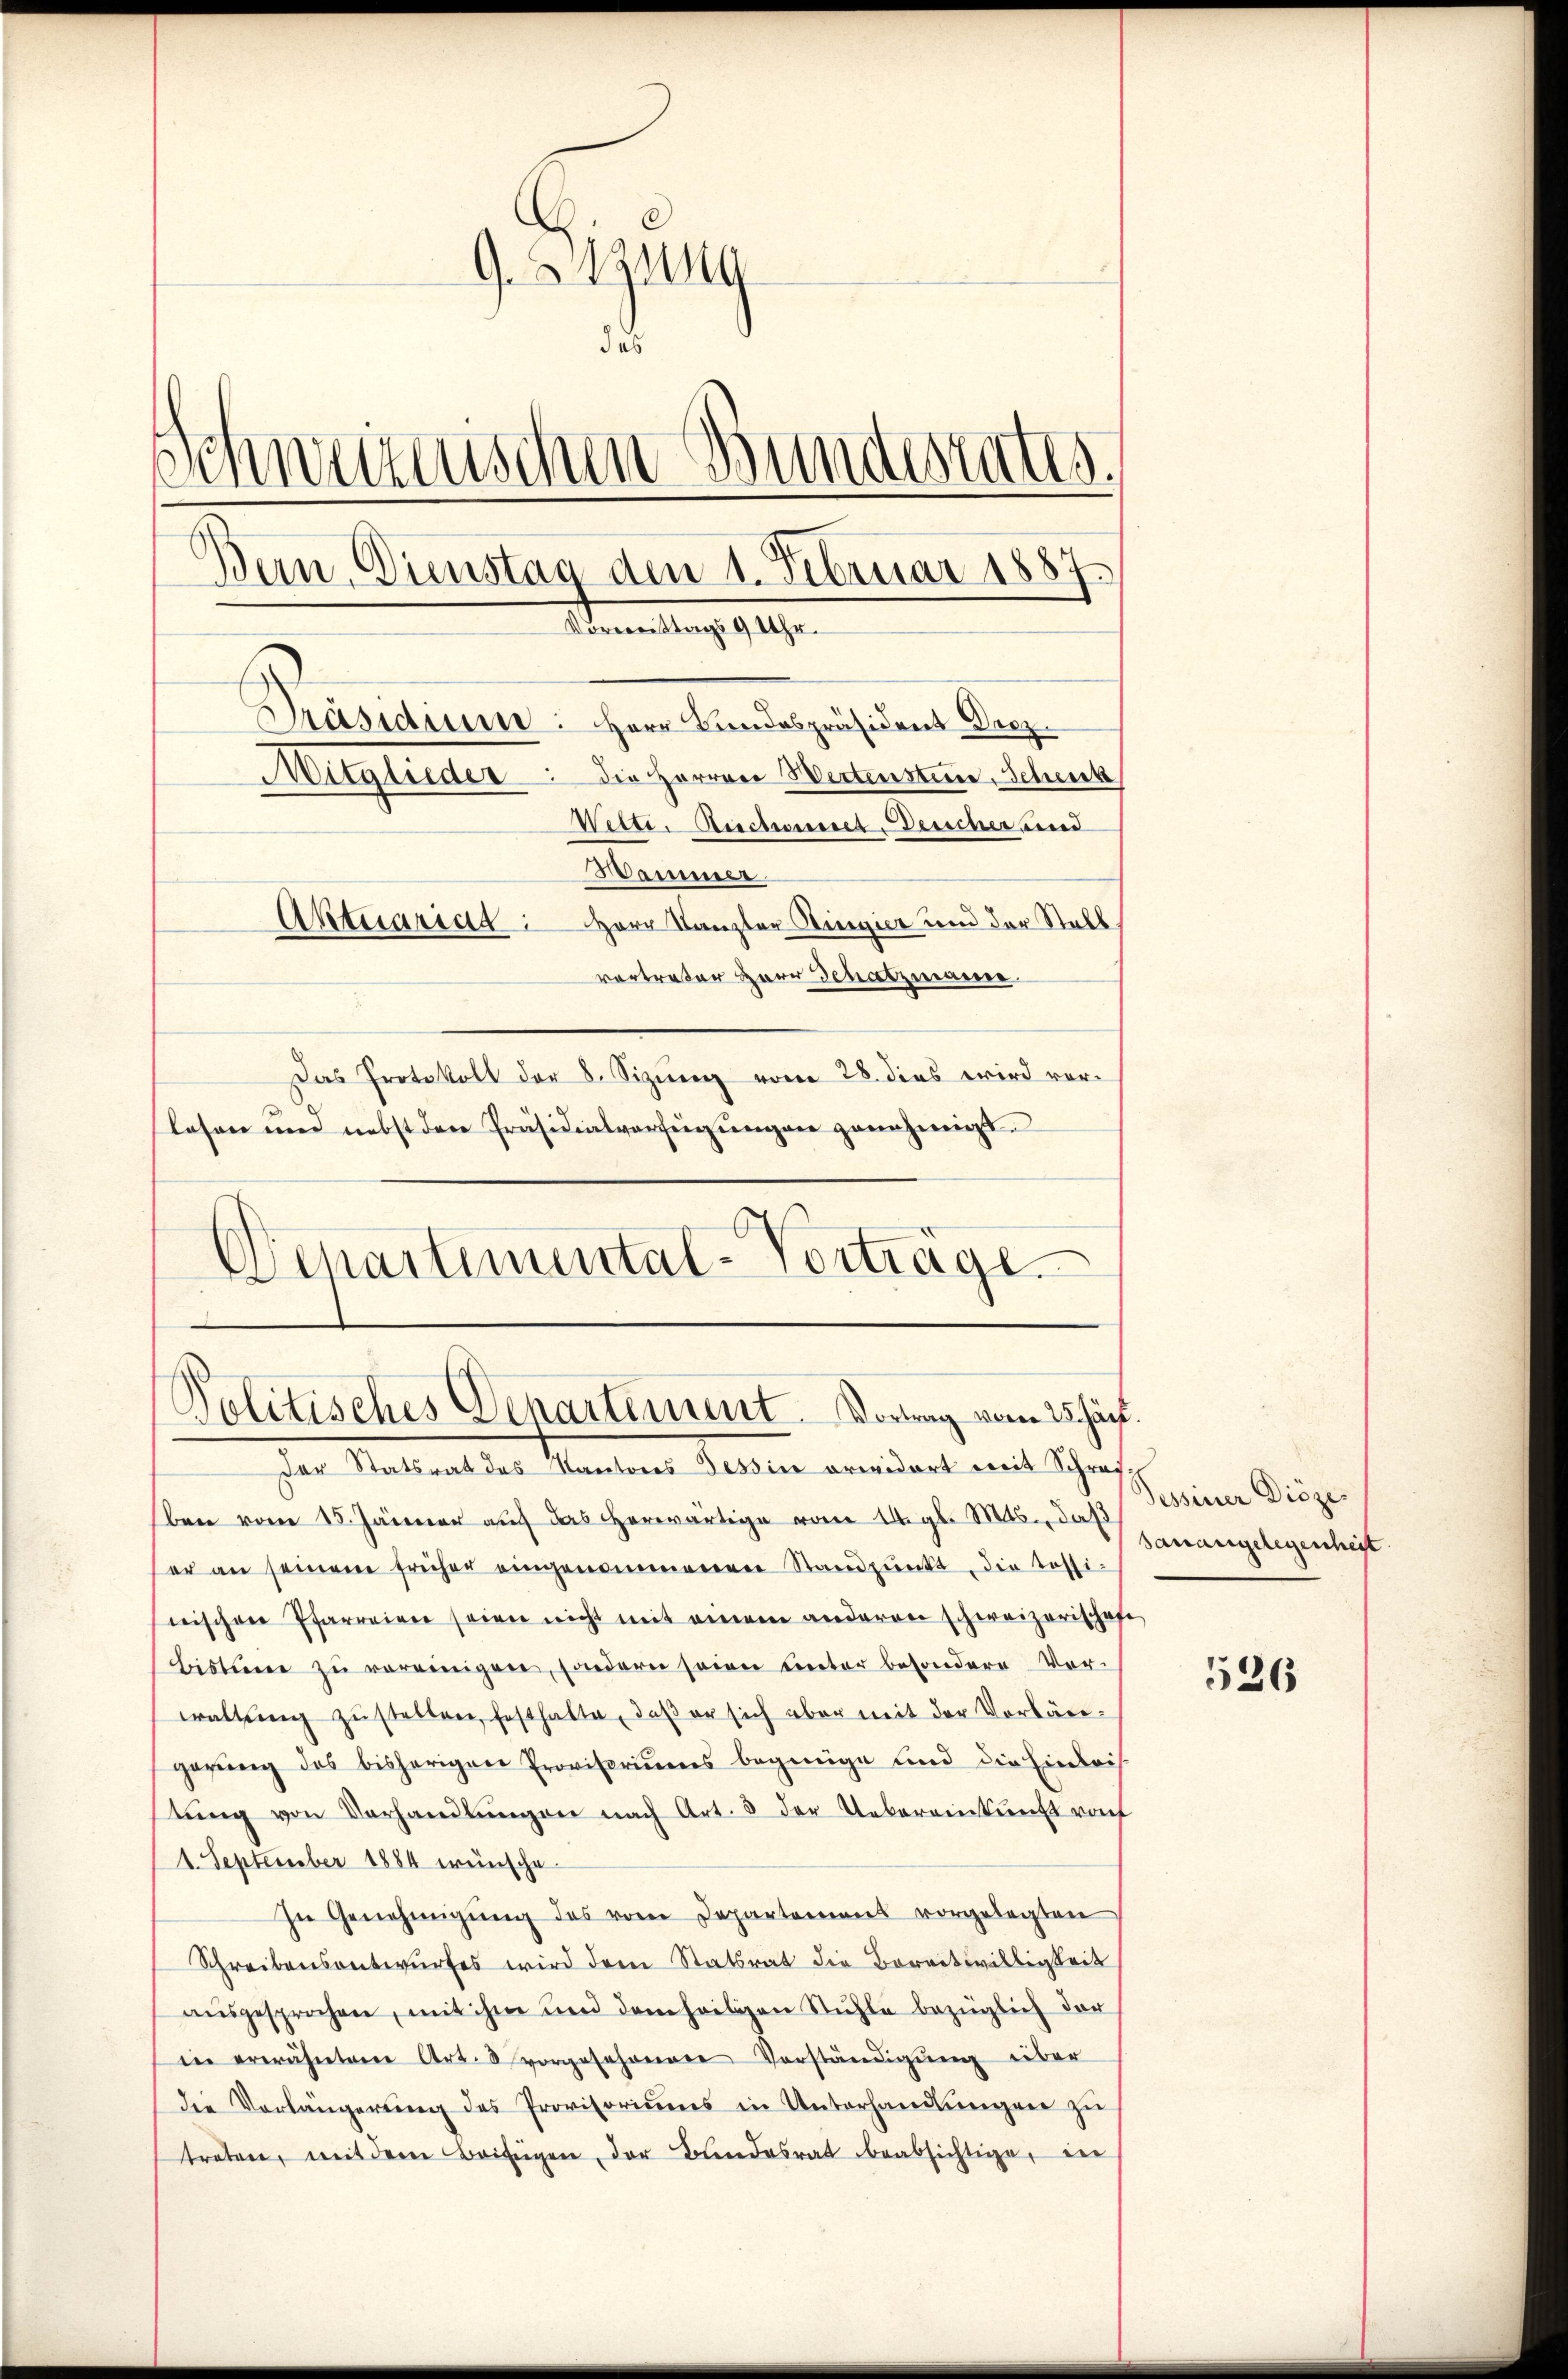
9. Zuna
das
Schweizenschen Bundesrates.
Bun. Dienstag den 1. Februar 1887
Atementag 1919.
Präsidium: Herr Landespräsident Dez.
Mitglieder: die Herren Wertensten, Schenk
Welti. Anschaumet, Deucher und
Wanmer
Aktuarida Herr Kanzler Ringier und der Stall
vertreter Herr Schatzmanne
Das Protokoll der 8. Sizung vom 28. dies wird vorlasen und nebst der Präsidialverfügŭngen genehmigt.

Departimental-Vorträge.

Politisches Departement. Vortrag vom 25. Jac.

Der Statsrat des Kantons Tessine erwidert mit Schrei
ben vom 15. Jänner auf das Herr vom 1. gl. Mts., daß
er an seinem früher eingenommenen Standpŭnkt, die Tessi-
erischen Pfarreien seien nicht mit einem anderen schweizerischofe,
bistume zu vereinigen, sondern seien unter besondere Vor-
waltŭng zŭstellen, festhalte, daβ er sich aber mit der Vorlängerŭng des bisherigen Provisoriŭms begnüge und die Einleis
stŭng von Verhandlŭngen nach Art. 3 der Uebereinkunft rach
1. September 1884 wünsche.
In Genehmigŭng des vom Departement vorgelegten
Schreibensentwŭrfes wird dem Statsrat die Bereitwilligkeit
aŭsgesprochen, mit ihm und dem heiligen Stühle bezüglich der
in erwähnten Art. 8 vorgesehenen Vorständigung über
der Vorlängerŭng des Provisoriŭms in Unterhandlŭngen zŭ
treten, mit dem Beifügen, der Bundesrat beabsichtige, in

Tessiner Diöze
sanangelegenheit

526